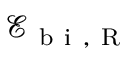
\mathcal { E } _ { \mathrm { ~ b ~ i ~ } , \mathrm { ~ R ~ } }